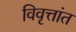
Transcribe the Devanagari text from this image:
विवृत्तांत